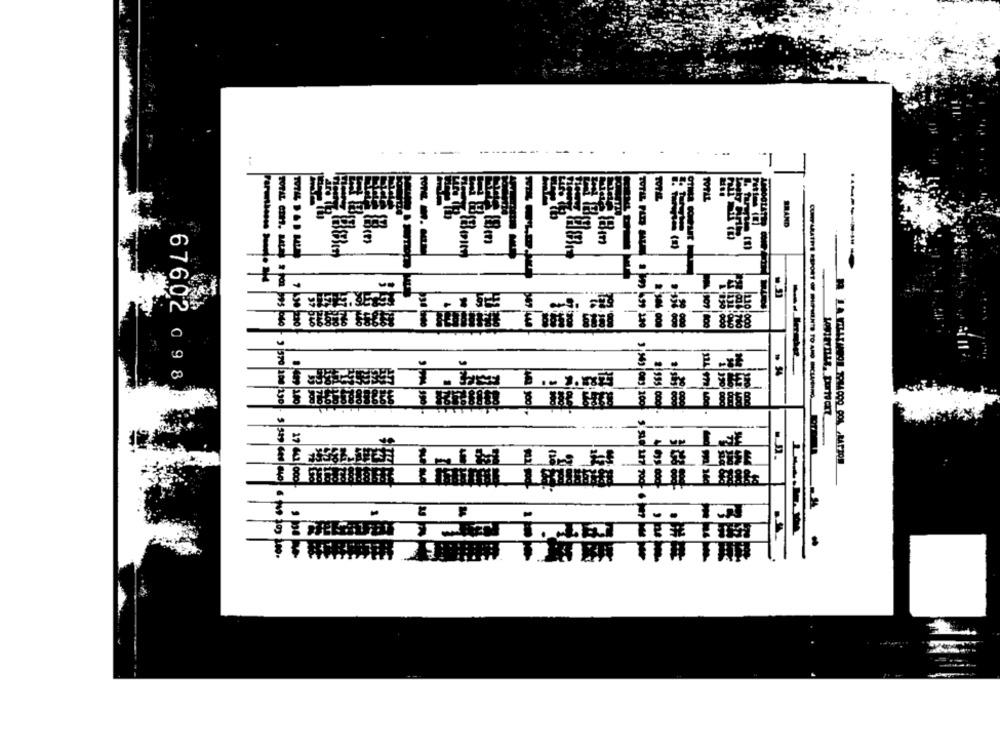
-
TOTAL
TOPAZ
--
BRAND
15 18m
---
5 8 88
110 000
-
. .. 2.22
67602 98.